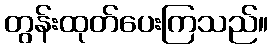
တွန်းထုတ်ပေးကြသည်။